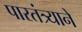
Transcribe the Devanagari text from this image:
पारतंत्र्याने